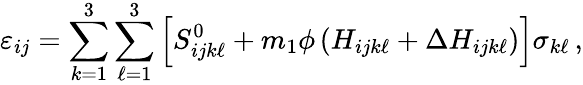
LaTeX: \varepsilon_{ij}=\sum_{k=1}^{3}\sum_{\ell=1}^{3}\left[S_{ijk\ell}^{0}+m_{1}\phi\left(H_{ijk\ell}+\Delta H_{ijk\ell}\right)\right]\sigma_{k\ell}\, ,